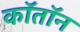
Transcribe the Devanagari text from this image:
कॉतॉन